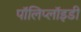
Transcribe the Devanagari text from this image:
पॉलिप्लॉइडी